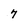
Character: 7